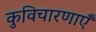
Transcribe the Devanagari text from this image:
कुविचारणाएँ